Civil Veterinary Dept. Bombay admin report 1900-1906 - 1900-1906
Year: 1900
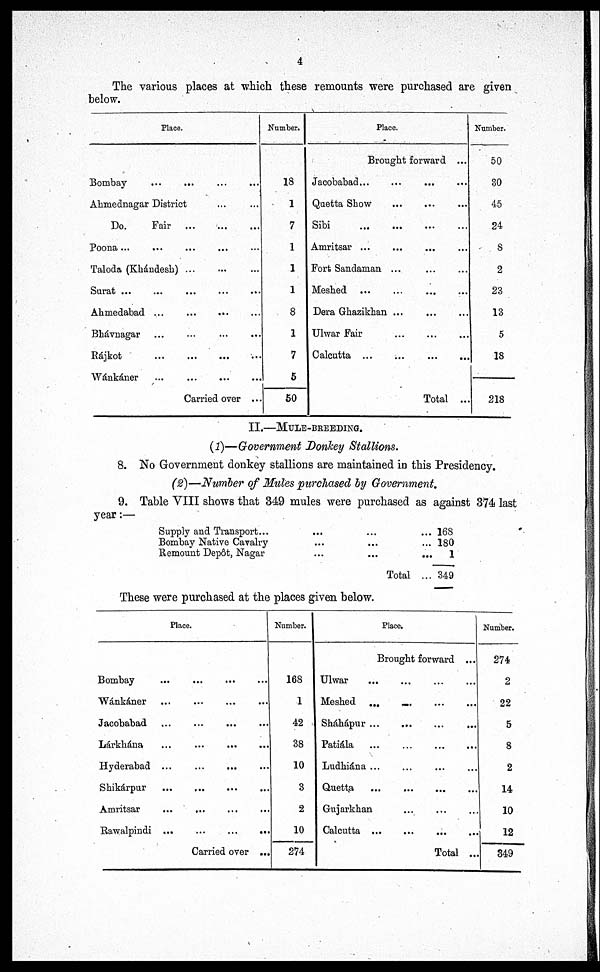
4
The various places at which these remounts were purchased are given
below.
Place.
Bombay
...
...
...
...
Ahmednagar District ... ...
Do.
Fair ...
...
...
Poona ... ... ... ... ...
Taloda (Khándesh)
...
...
...
Surat ... ... ... ... ... ...
Ahmedabad
...
...
...
...
Bhávnagar
...
...
...
...
Rájkot
...
...
...
...
Wánkáner
...
...
...
...
Carried over ...
Number.
18
1
7
1
1
1
8
1
7
5
50
Place.
Brought forward ...
Jacobabad
...
...
...
...
Quetta Show
...
...
...
Sibi ... ... ... ...
Amritsar ... ... ... ...
Fort Sandaman ... ... ... ...
Meshed
...
...
...
...
Dera Ghazikhan ...
...
...
Ulwar Fair ... ... ...
Calcutta ... ... ...
Total ...
Number.
50
80
45
24
8
2
23
13
5
18
218
II.—MULE-BREEDING.
(1)—Government Donkey Stallions.
8. No Government donkey stallions are maintained in this Presidency.
(2)—Number of Mules purchased by Government.
9. Table VIII shows that 349 mules were purchased as against 374 last
year:—
Supply and Transport...
Bombay Native Cavalry
Remount Depôt, Nagar ...
...
...
...
Total
... 168
... 180
...
1
... 349
These were purchased at the places given below.
Place.
Bombay
...
...
...
...
Wánkáner
...
...
...
...
Jacobabad ... ... ... ...
Lárkhána ... ... ... ...
Hyderabad ... ... ... ...
Skikárpur
...
...
...
...
Amritsar
...
...
...
...
Rawalpindi ...
...
...
...
Carried over ...
Number.
168
1
42
38
10
3
2
10
274
Place.
Brought forward ...
Ulwar ... ... ... ...
Meshed ...
...
...
...
Sháhápur
...
...
...
Patiála
...
...
...
...
Ludhiána ... ... ... ...
Quetta
...
...
...
...
Gujarkhan ... ... ... ...
Calcutta ... ... ... ...
Total ...
Number.
274
2
22
5
8
2
14
10
12
349